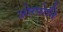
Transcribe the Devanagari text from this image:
ओरपोनि